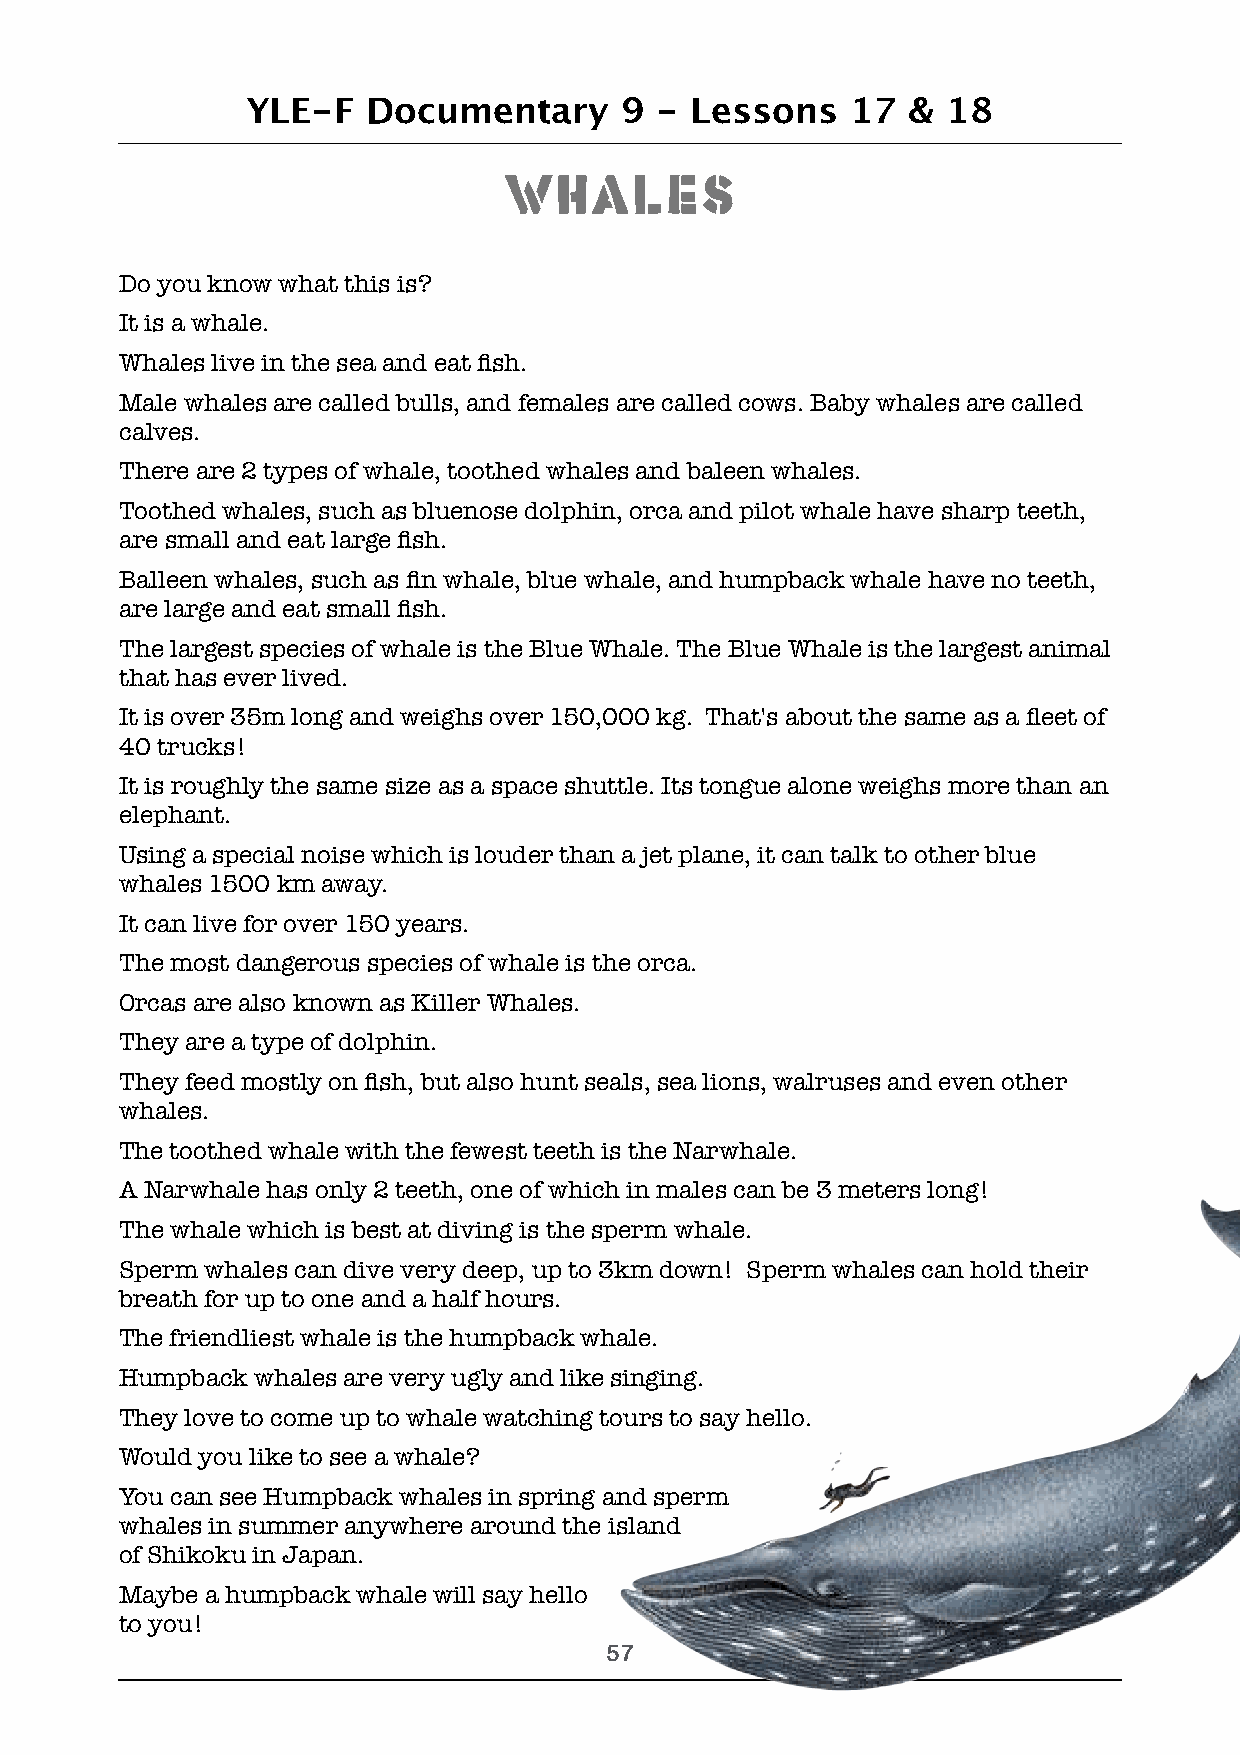
YLE-F   Documentary      9 -  Lessons   17  &  18
 Whales
 Do you know what this is?
 It is a whale.
 Whales live in the sea and eat fish.
 Male whales are called bulls, and females are called cows. Baby whales are called
 calves.
 There are 2 types of whale, toothed whales and baleen whales.
 Toothed whales, such as bluenose dolphin, orca and pilot whale have sharp teeth,
 are small and eat large fish.
 Balleen whales, such as fin whale, blue whale, and humpback whale have no teeth,
 are large and eat small fish.
 The largest species of whale is the Blue Whale. The Blue Whale is the largest animal
 that has ever lived.
 It is over 35m long and weighs over 150,000 kg. That's about the same as a fleet of
 40 trucks!
 It is roughly the same size as a space shuttle. Its tongue alone weighs more than an
 elephant.
 Using a special noise which is louder than a jet plane, it can talk to other blue
 whales 1500 km away.
 It can live for over 150 years.
 The most dangerous species of whale is the orca.
 Orcas are also known as Killer Whales.
 They are a type of dolphin.
 They feed mostly on fish, but also hunt seals, sea lions, walruses and even other
 whales.
 The toothed whale with the fewest teeth is the Narwhale.
 A Narwhale has only 2 teeth, one of which in males can be 3 meters long!
 The whale which is best at diving is the sperm whale.
 Sperm whales can dive very deep, up to 3km down! Sperm whales can hold their
 breath for up to one and a half hours.
 The friendliest whale is the humpback whale.
 Humpback whales are very ugly and like singing.
 They love to come up to whale watching tours to say hello.
 Would you like to see a whale?
 You can see Humpback whales in spring and sperm
 whales in summer anywhere around the island
 of Shikoku in Japan.
 Maybe a humpback whale will say hello
 to you!
 !57